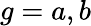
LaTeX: g=a,b